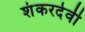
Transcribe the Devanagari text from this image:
शंकरदेवी